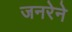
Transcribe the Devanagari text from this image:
जनरेने